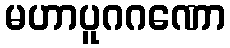
မဟာပူဂဂဏော